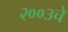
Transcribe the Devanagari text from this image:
२००३चे